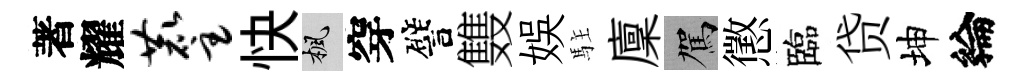
著耀麈快楓穿譬䨇娱駐廩駕懲臨贷坤綸